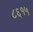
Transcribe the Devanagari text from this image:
८६१५